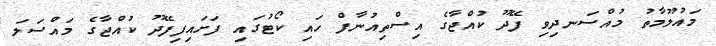
މައުލޫމާތު މުއްސަނދިވި ފޭދޫ ކުއްޖާގެ އިސްތިއުނާފް ހައި ކޯޓުގައި ފަށައިފިފޭދޫ ކުއްޖާގެ މައްސަލަ